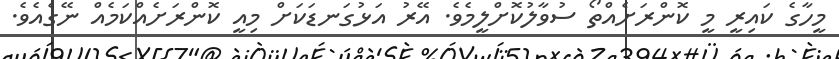
މީހާގެ ކައިރީ މީ ކޮންރަށެއްތޯ ސުވާލުކޮށްލީމެވެ. އޭރު އަޅުގަނޑަކަށް މިއީ ކޮންރަށެއްކަމެއް ނޭގެއެވެ.